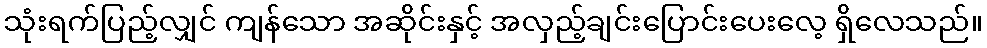
သုံးရက်ပြည့်လျှင် ကျန်သော အဆိုင်းနှင့် အလှည့်ချင်းပြောင်းပေးလေ့ ရှိလေသည်။